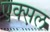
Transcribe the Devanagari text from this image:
एक्स़ल